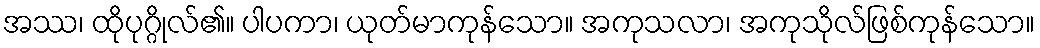
အဿ၊ ထိုပုဂ္ဂိုလ်၏။ ပါပကာ၊ ယုတ်မာကုန်သော။ အကုသလာ၊ အကုသိုလ်ဖြစ်ကုန်သော။